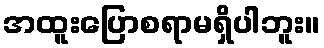
အထူးပြောစရာမရှိပါဘူး။